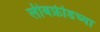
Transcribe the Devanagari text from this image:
लीबफ्रीडच्या